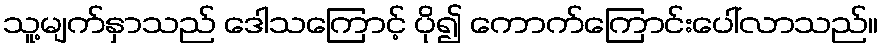
သူ့မျက်နှာသည် ဒေါသကြောင့် ပို၍ ကောက်ကြောင်းပေါ်လာသည်။